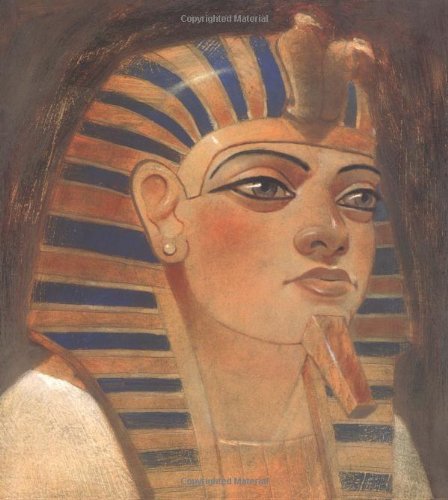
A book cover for Hatshepsut, His Majesty, Herself; Catherine M Andronik; Children's Books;